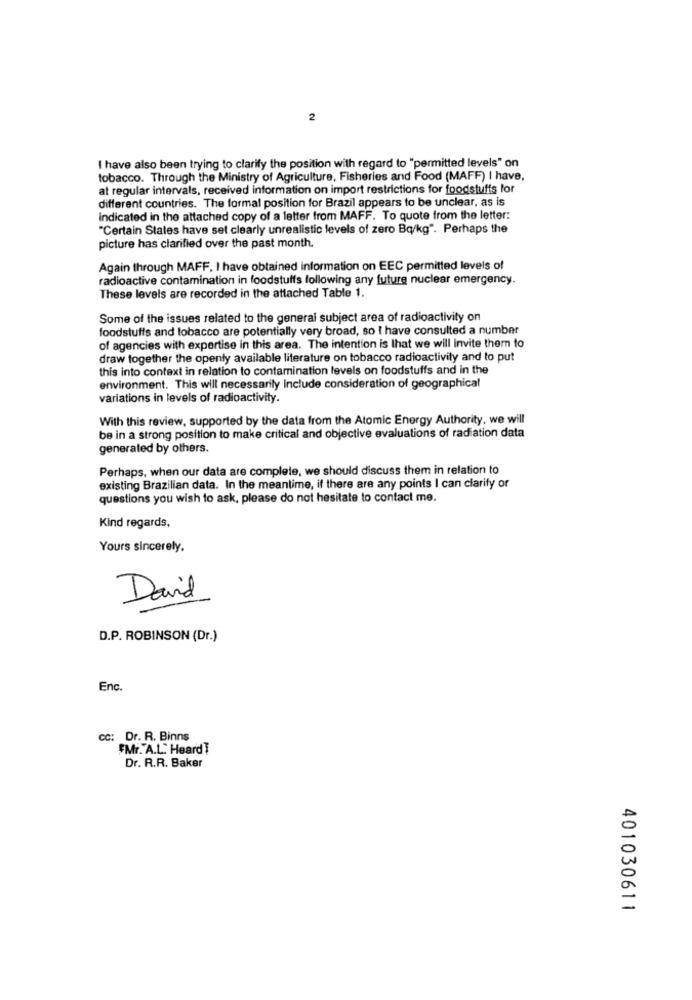
2
I have also been trying to clarify the position with regard to "permitted levels" on
tobacco. Through the Ministry of Agriculture, Fisheries and Food (MAFF) I have,
at regular intervals, received information on import restrictions for foodstuffs for
different countries. The formal position for Brazil appears to be unclear, as is
indicated in the attached copy of a letter from MAFF. To quote from the letter:
"Certain States have set clearly unrealistic levels of zero Bq/kg". Perhaps the
picture has clarified over the past month.
Again through MAFF. I have obtained information on EEC permitted levels of
radioactive contamination in foodstuffs following any future nuclear emergency.
These levels are recorded in the attached Table 1.
Some of the issues related to the general subject area of radioactivity on
foodstuffs and tobacco are potentially very broad, so I have consulted a number
of agencies with expertise in this area. The intention is that we will invite them to
draw together the openly available literature on tobacco radioactivity and to put
this into context in relation to contamination levels on foodstuffs and in the
environment. This will necessarily Include consideration of geographical
variations in levels of radioactivity.
With this review, supported by the data from the Atomic Energy Authority, we will
be in a strong position to make critical and objective evaluations of radiation data
generated by others.
Perhaps, when our data are complete, we should discuss them in relation to
existing Brazilian data. In the meantime, if there are any points I can clarify or
questions you wish to ask, please do not hesitate to contact me.
Kind regards,
Yours sincerely.
David
D.P. ROBINSON (Dr.)
Enc.
CC: Dr. R. Binns
FMr. A.L. HeardT
Dr. R.R. Baker
401030611